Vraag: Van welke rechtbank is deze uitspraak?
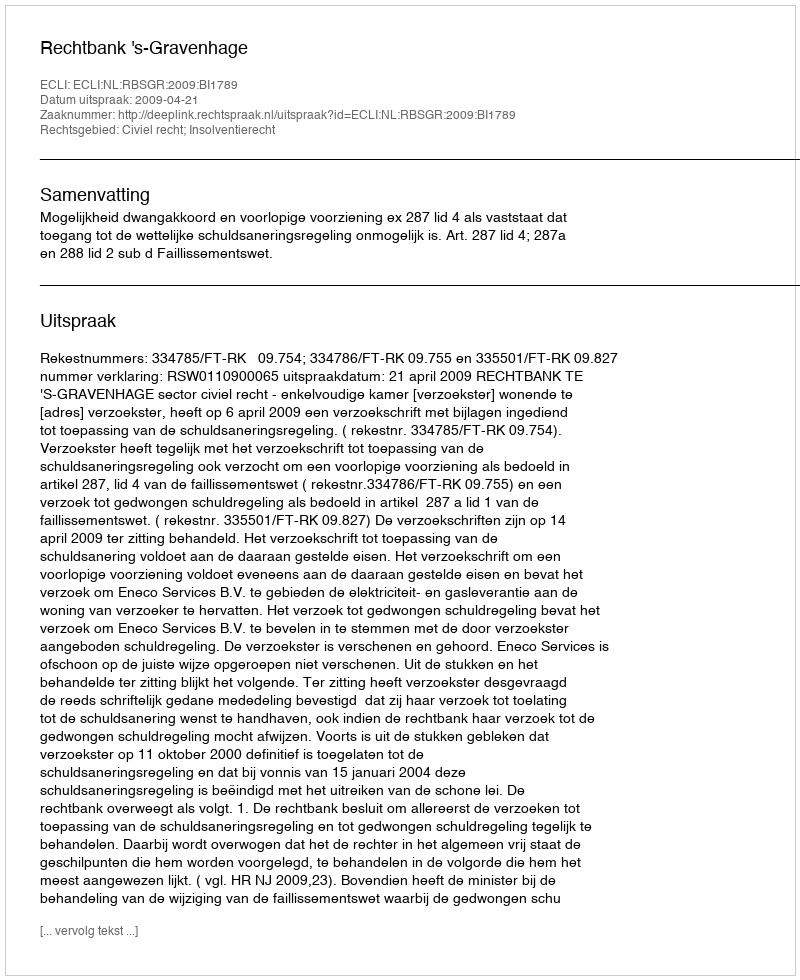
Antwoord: Rechtbank 's-Gravenhage